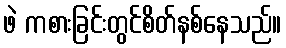
ဖဲ ကစားခြင်းတွင်စိတ်နစ်နေသည်။